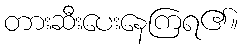
တားဆီးပေးနေကြရ၏။